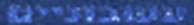
עשבוניים